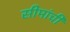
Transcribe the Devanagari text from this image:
सीमांची